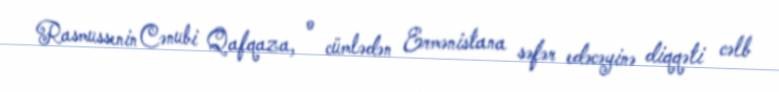
Rasmussenin Cənubi Qafqaza, o cümlədən Ermənistana səfər edəcəyinə diqqəti cəlb